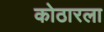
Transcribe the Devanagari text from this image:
कोठारला